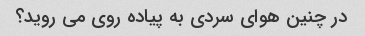
در چنین هوای سردی به پیاده روی می روید؟